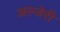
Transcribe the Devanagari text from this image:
अल्जेरी